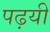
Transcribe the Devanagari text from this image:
पढ़यी